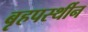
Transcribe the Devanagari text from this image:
बृहपर्स्थीन